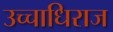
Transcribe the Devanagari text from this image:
उच्चाधिराज